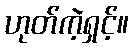
ဟုတ်ကဲ့ရှင့်။